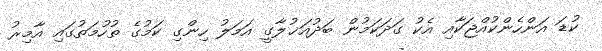
ކުޑަ އަންހެންކުއްޖަކާއި އެކު ގަދަކަމުން ބަދުއަޚުލާގީ އަމަލު ހިންގި ކަމުގެ ތުހުމަތުގައި އާމިރު